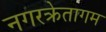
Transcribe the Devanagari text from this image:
नगरक्रेतागम